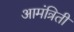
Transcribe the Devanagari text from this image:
आमंत्रिती